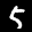
Label: 5